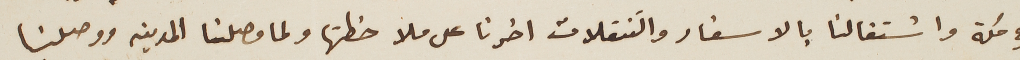
في مكة واشتغالنا بالاسفار والتنقلات اخرنا على ملاحظتها ولما وصلنا المدينه ووصلنا